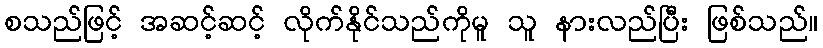
စသည်ဖြင့် အဆင့်ဆင့် လိုက်နိုင်သည်ကိုမူ သူ နားလည်ပြီး ဖြစ်သည်။